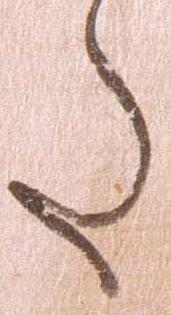
た